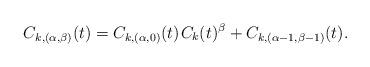
LaTeX: \begin{align*}C_{k,(\alpha,\beta)}(t) = C_{k,(\alpha,0)}(t) \kern+1pt C_k(t)^\beta + C_{k,(\alpha-1,\beta-1)}(t).\end{align*}